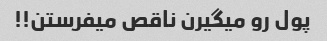
پول رو میگیرن ناقص میفرستن!!